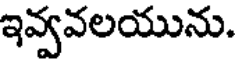
ఇవ్వవలయును.